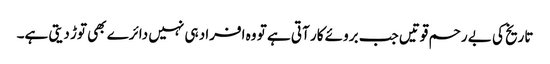
تاریخ کی بے رحم قوتیں جب بروئے کار آتی ہے تو وہ افراد ہی نہیں دائرے بھی توڑ دیتی ہے۔